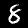
Digit: 8